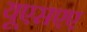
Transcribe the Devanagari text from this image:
यूएसएए